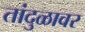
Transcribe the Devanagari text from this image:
तांदुळावर